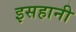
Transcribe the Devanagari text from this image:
इसहानी